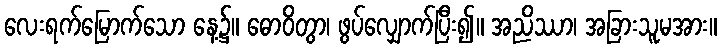
လေးရက်မြောက်သော နေ့၌။ ဓောဝိတွာ၊ ဖွပ်လျှောက်ပြီး၍။ အညိဿာ၊ အခြားသူမအား။